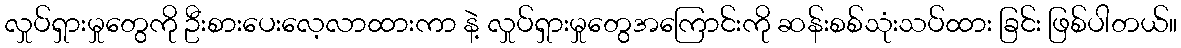
လှုပ်ရှားမှုတွေကို ဦးစားပေးလေ့လာထားကာ နဲ့ လှုပ်ရှားမှုတွေအကြောင်းကို ဆန်းစစ်သုံးသပ်ထား ခြင်း ဖြစ်ပါတယ်။